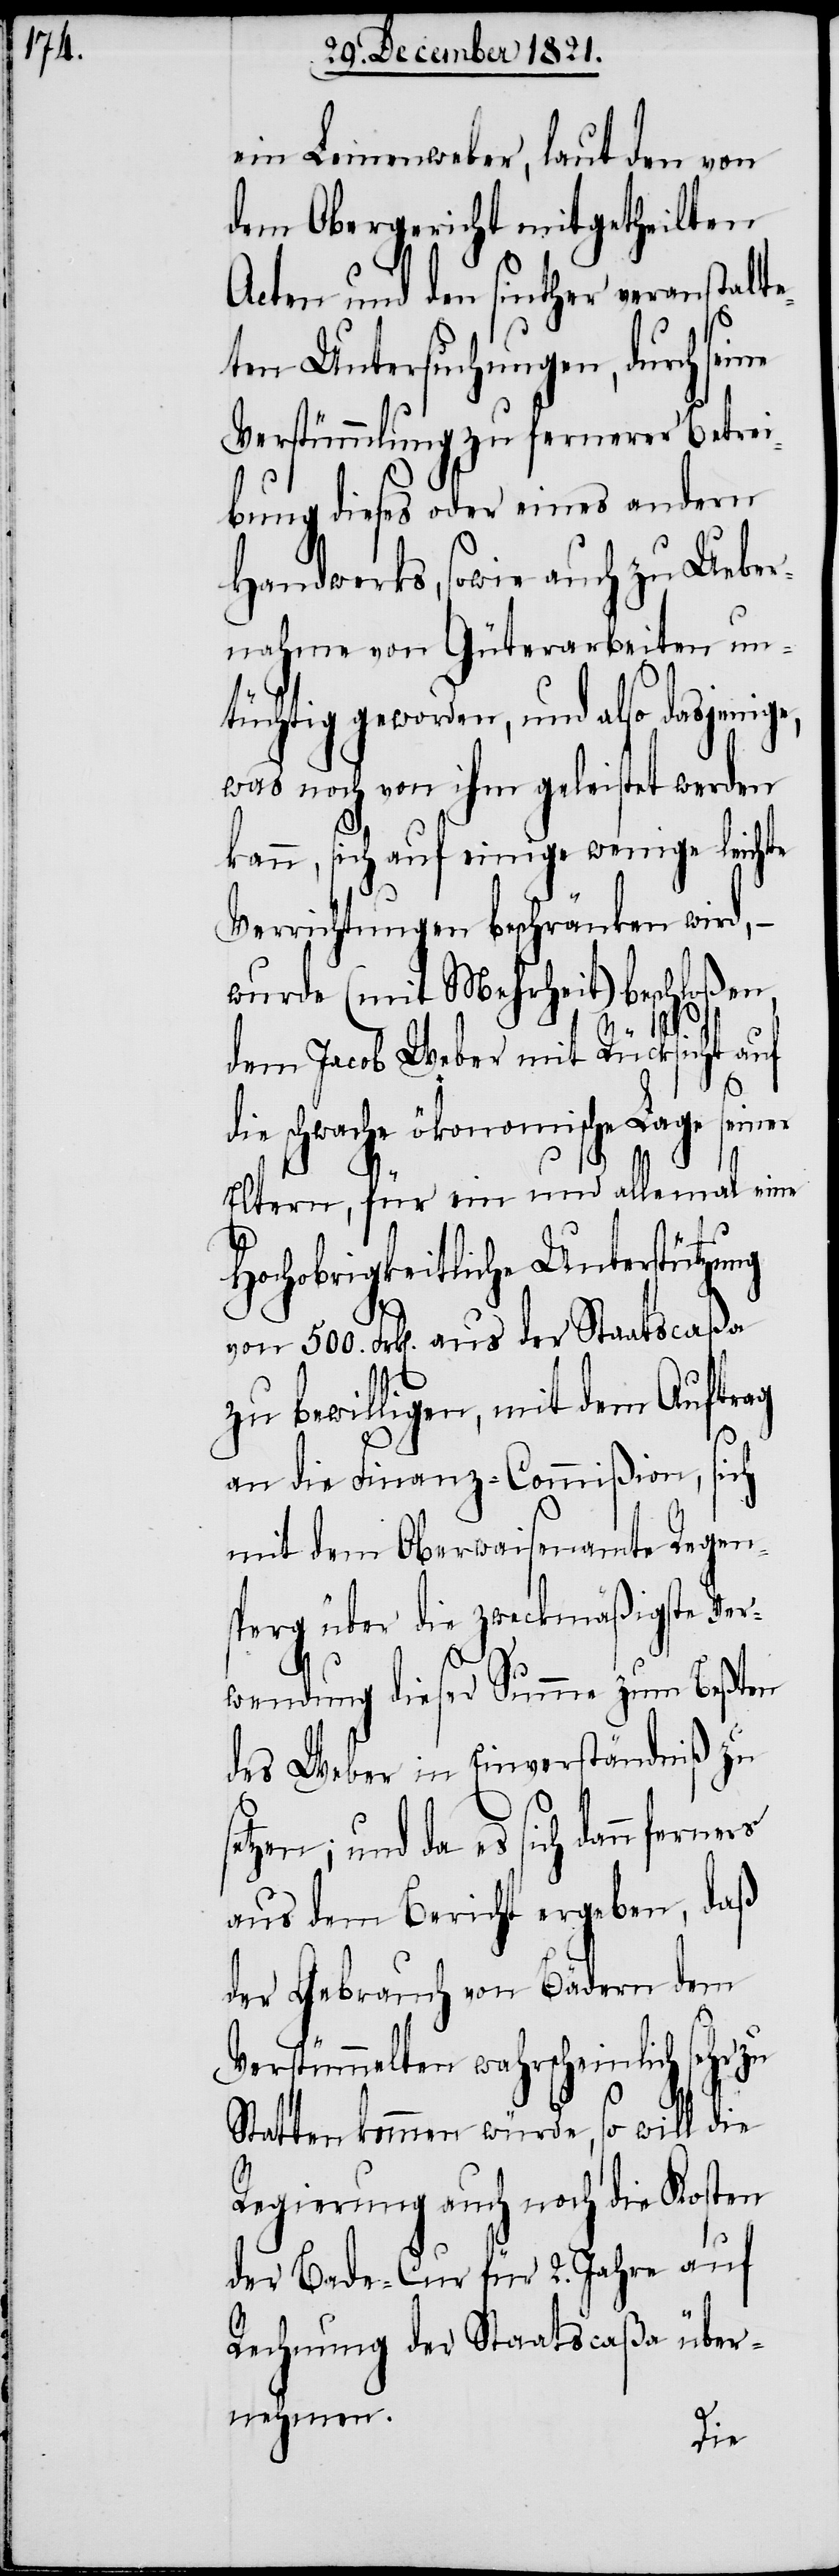
ein Leinenweber, laut den von
dem Obergericht mitgetheilten
Acten und den sinther veranstalte¬
ten Untersuchungen, durch sei¬
Verstümmlung zu fernerer Betrei¬
bung dieses oder eines andern
Handwerks, sowie auch zu Ueber¬
nahme von Güterarbeiten un¬
tüchtig geworden, und also dasjenige,
was noch von ihm geleistet werden
ann, sich auf einige wenige leichte
Verrichtungen beschränken wird, –
wurde (mit Mehrheit) beschloßen,
dem Jacob Weber mit Rücksicht auf
die schwache ökonomische Lage seiner
k¬
Eltern, für ein und allemal eine
Hochobrigkeitliche Unterstützung
von 500. Frk[en]. aus der Staatscaßa
zu bewilligen, mit dem Auftrag
an die Finanz-Commißion, sich
mit dem Oberwaisenamte Regen¬
sperg über die zweckmäßigste Ver¬
wendung dieser Summe zum Beßten
des Weber in Einverständniß zu
en; und da es sich dann ferners
aus dem Bericht ergeben, daß
der Gebrauch von Bädern dem
sehr
Verstümmelten wahrscheinlich
Statten kommen würde, so will die
Regierung auch noch die Kosten
der Bade-Cur für 2. Jahre auf
Rechnung der Staatscaßa über¬
nehmen.